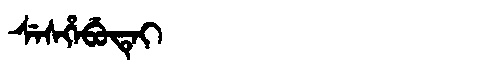
Manchu: ᠰᡝᠰᡥᡝᠪᡠᡨᡝᡳ
Romanization: SESHEBUTEI